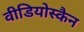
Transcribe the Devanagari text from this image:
वीडियोस्कैन